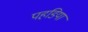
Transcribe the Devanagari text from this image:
पहडिया